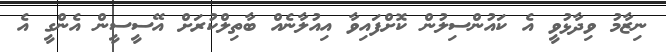
ނިޒާމު ވިދާޅުވީ އެ ކައުންސިލުން ކޮށްފައިވާ އިއުލާނެއް ބާތިލްކުރަށް އޭސީސީން އެންގީ އެ